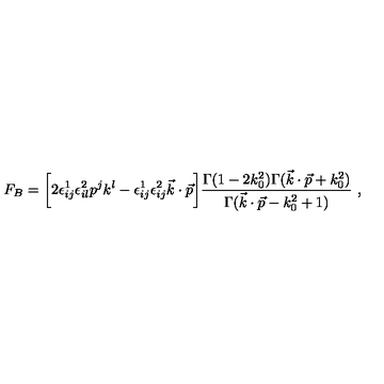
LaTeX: F _ { B } = \bigg [ 2 \epsilon _ { i j } ^ { 1 } \epsilon _ { i l } ^ { 2 } p ^ { j } k ^ { l } - \epsilon _ { i j } ^ { 1 } \epsilon _ { i j } ^ { 2 } \vec { k } \cdot \vec { p } \bigg ] { \frac { \Gamma ( 1 - 2 k _ { 0 } ^ { 2 } ) \Gamma ( \vec { k } \cdot \vec { p } + k _ { 0 } ^ { 2 } ) } { \Gamma ( \vec { k } \cdot \vec { p } - k _ { 0 } ^ { 2 } + 1 ) } } \ ,